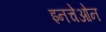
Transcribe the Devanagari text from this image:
इनचेओन